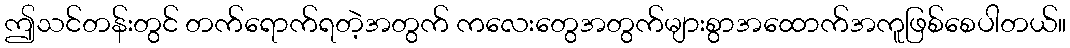
ဤသင်တန်းတွင် တက်ရောက်ရတဲ့အတွက် ကလေးတွေအတွက်များစွာအထောက်အကူဖြစ်စေပါတယ်။